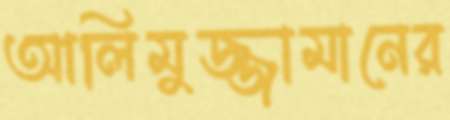
আলিমুজ্জামানের